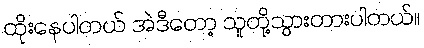
ထိုးနေပါတယ် အဲဒီတော့ သူတို့သွားတားပါတယ်။